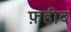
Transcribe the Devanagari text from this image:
फ़हीद